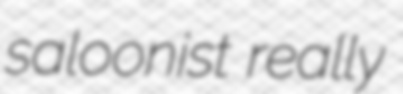
saloonist really